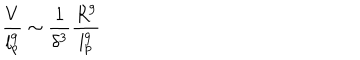
{ \frac { V } { l _ { p } ^ { 9 } } } \sim { \frac { 1 } { \delta ^ { 3 } } } { \frac { R ^ { 9 } } { l _ { p } ^ { 9 } } }